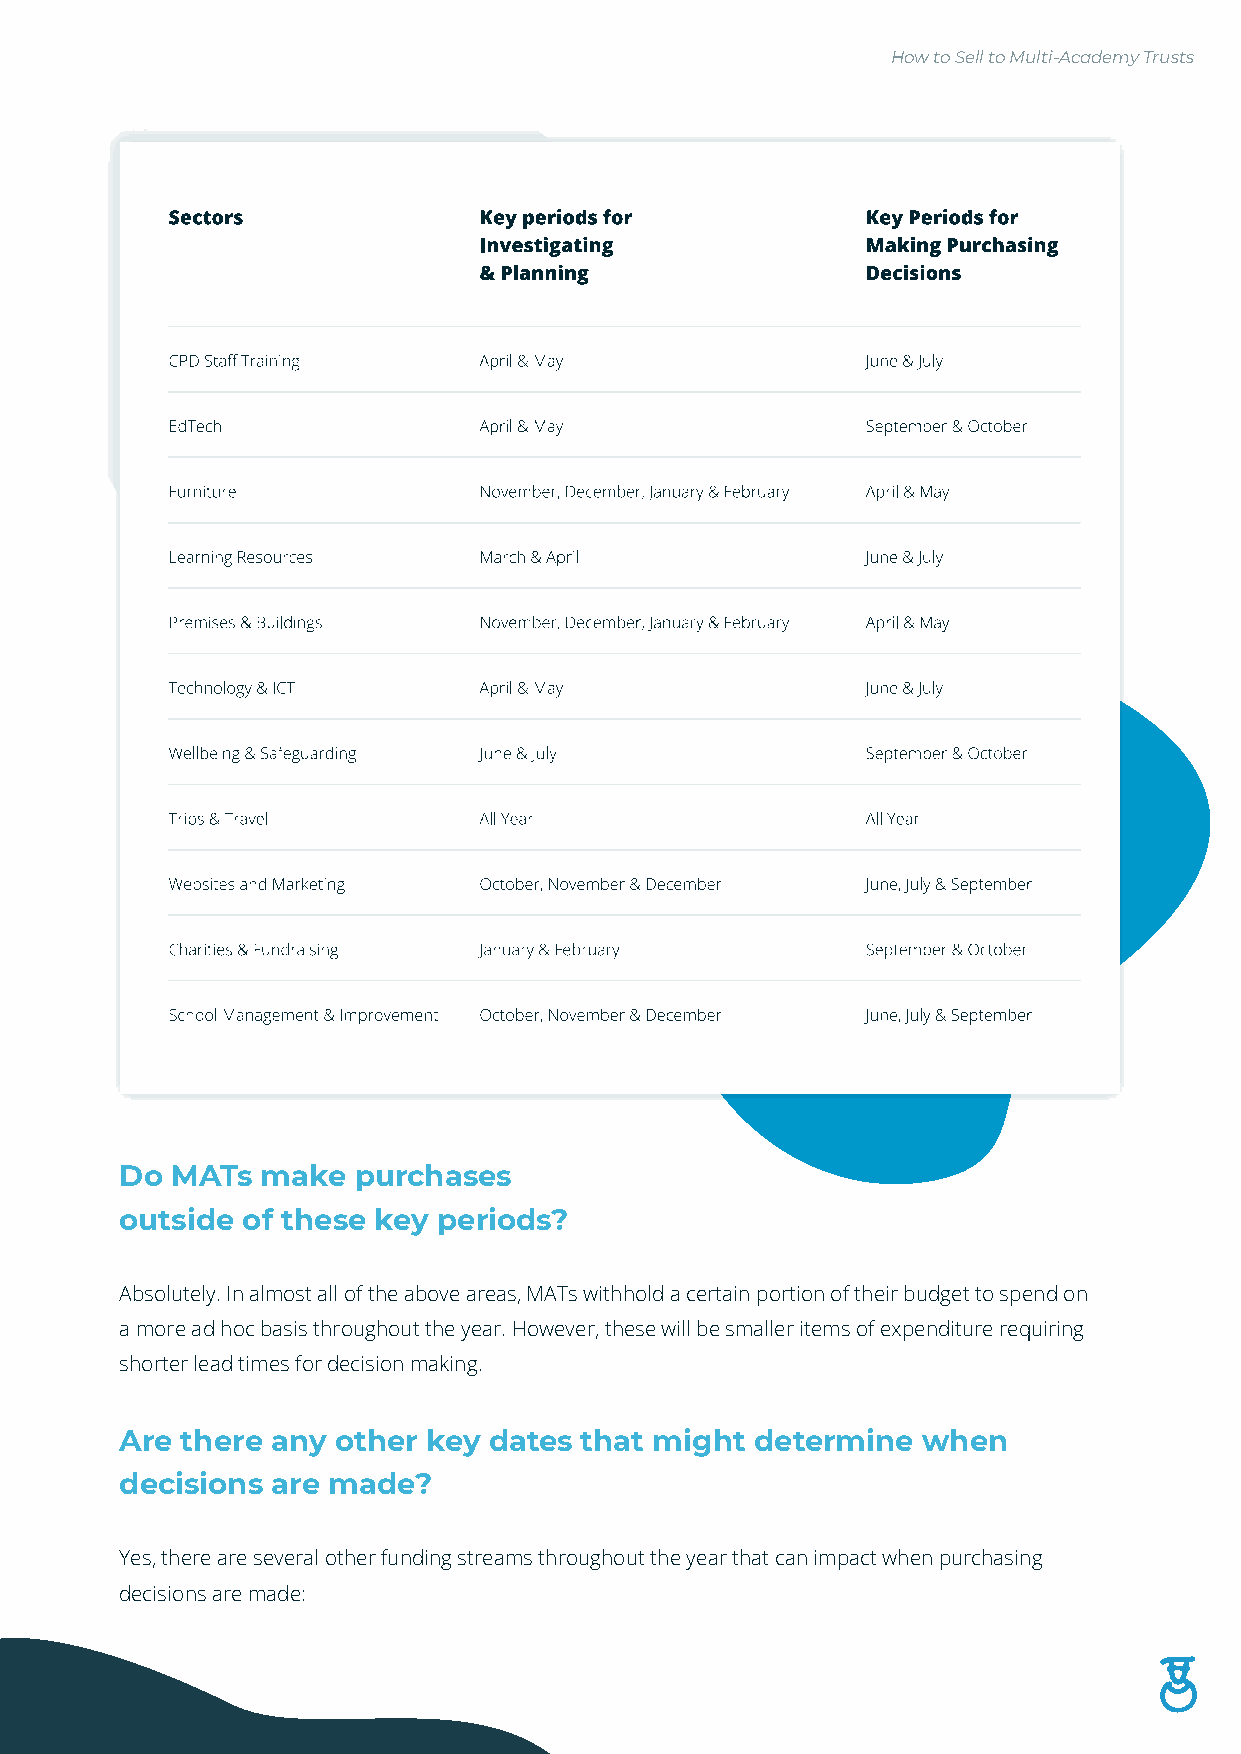
How to Sell to Multi-Academy Trusts
 Do MATs  make  purchases
 outside of these key periods?
 Absolutely. In almost all of the above areas, MATs withhold a certain portion of their budget to spend on
 a more ad hoc basis throughout the year. However, these will be smaller items of expenditure requiring
 shorter lead times for decision making.
 Are there any other key dates that might  determine  when
 decisions are made?
 Yes, there are several other funding streams throughout the year that can impact when purchasing
 decisions are made: